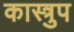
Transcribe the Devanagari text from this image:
कास्त्रुप